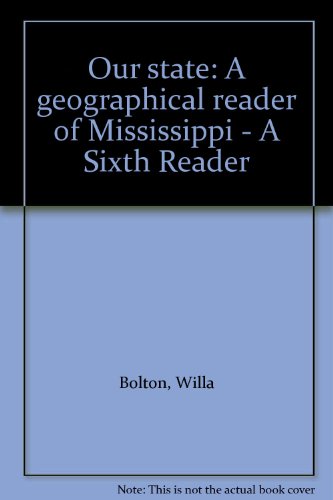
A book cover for Our state: A geographical reader of Mississippi - A Sixth Reader; Willa Bolton; Travel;